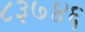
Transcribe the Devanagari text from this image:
८३७४६